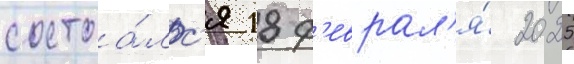
состоа́лс'я 18 ф'еврал'я́ 2025